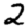
Digit: 2